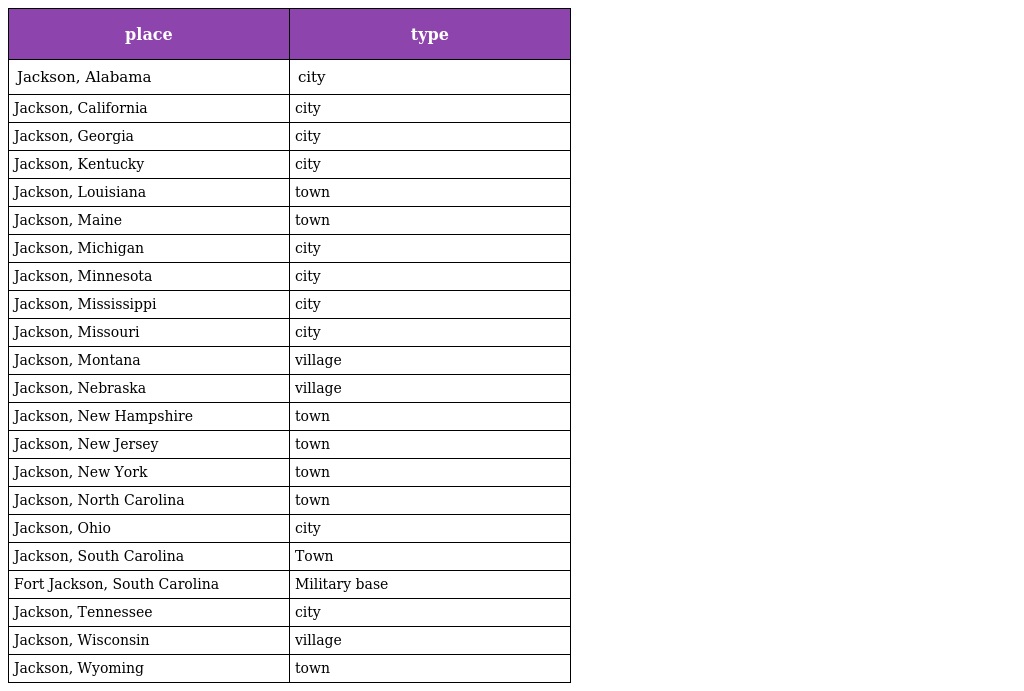
| place | type |
 | --- | --- |
 | Jackson, Alabama | city |
 | Jackson, California | city |
 | Jackson, Georgia | city |
 | Jackson, Kentucky | city |
 | Jackson, Louisiana | town |
 | Jackson, Maine | town |
 | Jackson, Michigan | city |
 | Jackson, Minnesota | city |
 | Jackson, Mississippi | city |
 | Jackson, Missouri | city |
 | Jackson, Montana | village |
 | Jackson, Nebraska | village |
 | Jackson, New Hampshire | town |
 | Jackson, New Jersey | town |
 | Jackson, New York | town |
 | Jackson, North Carolina | town |
 | Jackson, Ohio | city |
 | Jackson, South Carolina | Town |
 | Fort Jackson, South Carolina | Military base |
 | Jackson, Tennessee | city |
 | Jackson, Wisconsin | village |
 | Jackson, Wyoming | town |